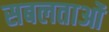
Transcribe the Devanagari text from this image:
सबलताओं